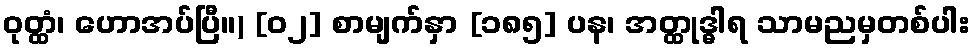
ဝုတ္ထံ၊ ဟောအပ်ပြီ။) [၀၂] စာမျက်နှာ [၁၈၅] ပန၊ အတ္ထုဒ္ဓါရ သာမညမှတစ်ပါး